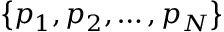
\left\{ p _ { 1 } , p _ { 2 } , \dots , p _ { N } \right\}